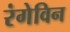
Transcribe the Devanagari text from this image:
रंगेविन